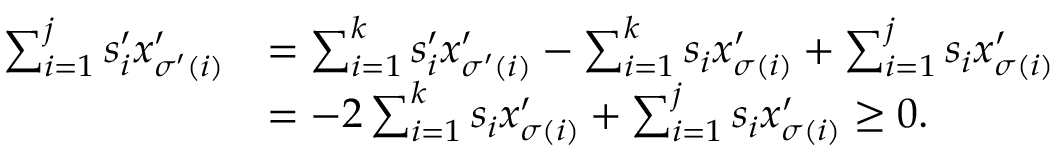
\begin{array} { r l } { \sum _ { i = 1 } ^ { j } s _ { i } ^ { \prime } x _ { \sigma ^ { \prime } ( i ) } ^ { \prime } } & { = \sum _ { i = 1 } ^ { k } s _ { i } ^ { \prime } x _ { \sigma ^ { \prime } ( i ) } ^ { \prime } - \sum _ { i = 1 } ^ { k } s _ { i } x _ { \sigma ( i ) } ^ { \prime } + \sum _ { i = 1 } ^ { j } s _ { i } x _ { \sigma ( i ) } ^ { \prime } } \\ & { = - 2 \sum _ { i = 1 } ^ { k } s _ { i } x _ { \sigma ( i ) } ^ { \prime } + \sum _ { i = 1 } ^ { j } s _ { i } x _ { \sigma ( i ) } ^ { \prime } \ge 0 . } \end{array}